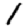
Digit: 1